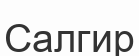
Салгир